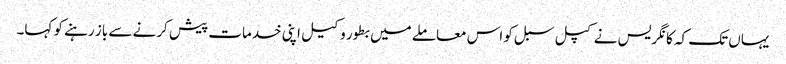
یہاں تک کہ کانگریس نے کپل سبل کو اس معاملے میں بطور وکیل اپنی خدمات پیش کرنے سے باز رہنے کو کہا۔